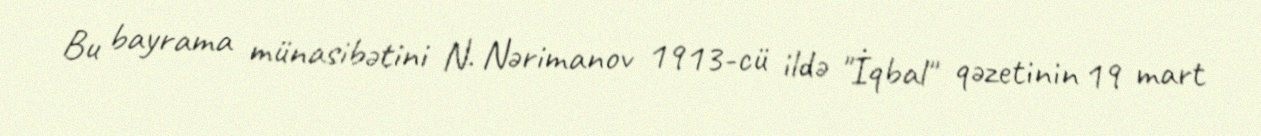
Bu bayrama münasibətini N. Nərimanov 1913-cü ildə "İqbal" qəzetinin 19 mart